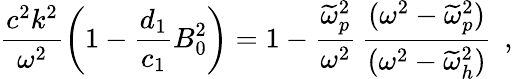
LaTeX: \frac{c^{2}k^{2}}{\omega^{2}}\left(1-\frac{d_{1}}{c_{1}}B_{0}^{2}\right)=1-\frac{\widetilde{\omega}_{p}^{2}}{\omega^{2}}\, \frac{(\omega^{2}-\widetilde{\omega}_{p}^{2})}{(\omega^{2}-\widetilde{\omega}_{h}^{2})}\, \; ,